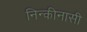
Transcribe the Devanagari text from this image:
निन्कीनासी